Annual report on the working of the lock hospitals in the Central Provinces
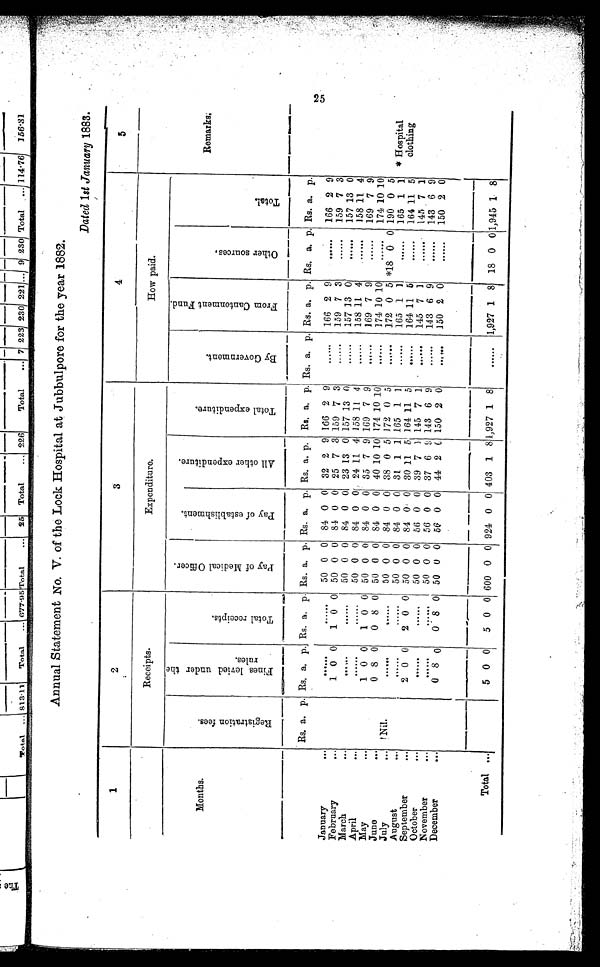
2
5
Expenditure.
How paid.
Annual Statement No. V. of the Lock Hospital at Jubbulpore for the year 1882.
Dated 1st January 1883.
1,927 1 8
403 1 8
0 0
•n•n••nnn•••n••n •••••••••••••••
Total
813-11
Total
677-95 Total
• • 25 Total
... 226)
Total
.
;-,WWN
'
qw.www,..1
'
41.•n•••••....
0
0
0
cd
0
--..••••n••••••••••••n••••••nn
Rs. a. p.
Rs. a. p.
50 0 0 84
0
1
0
0
50 0 0 84
......
50 0 0 84
.50 0 0 84
0
1 0 0 50 0 0 84
0
0 8 0 50 0 0 84
.....
50 0 0 84
......
50 0 0 84
0
2 0 0 50 0 0 84
50 0 0 56
50 0 0 56
0
0 8 0 50 0 0 56
•n••...0
0
5 0 0 600 0 0 924
Rs. a. p.
Rs, a. p.
0 0 32 2 9 166 2 9
0 0 25 7 3 159 7 3
0 0 23 13 0 157 13 0
0 0'; 24 11 4 158 11 4
0 0 35 7 9 169 7 9
0 0 40 10 10 174 10 10
0 0 38 0 5 172 0 5
0 0 31 1 1 165 1 1
0 , 0 30 11 5 164 11 5
0 0 39 7
145 7 1
0 0 37 6
143 6 9
0 0 44 2 C 150 2 0
F r o m C a n t o n m e n t
Rs. a. p.
166 2 9
159 7 3
157 13 0
158 11 4
169 7 9
174 10 10
172 0 5
165 1 1
164 11 5
145 7 1
143 6 9
150 2 0
1,927 1 8
0
0
0
o2
Cr23257.04.n. grow
P.
Rs, a,
essmoomos••••••••••••=.
•
4;
tsD tsD
230 221
9 2
Total
114-76 I 56.:31
•
Receipts.
••••••••••••••••••••••••n•-- •-
* Hospital
clothing
*Hsia
lti
Remarks;
Months.
...n•nn••n•n•
Rs. a. p.
January
February
March
April
May
June
July
August
September
October
November
December
•••
• • •
•••
* • •
• • •
!Nil.
•••
• • II
•••
Total
1 0
1 0
0 8
• • • • •
2 0
0 8
5 0
Go v e r n me n
ernme)
......
......
•••• n••
0
E-I
1••1••••n••-.
Rs. a. p.
••.–•
••••••
......
......
•••••=i1.1.
Rs. a. P.
166 2 9
159 7 3
157 13 0
158 11. 4
169 7 9
174 10 10
190 0 5
165 1 1
164 11 5
145 , 7 1
143 6 9
150 2 0
18 0 0 1,945 1 8
....1••••••••••
1111.11•1=01......
Rs. a. p.